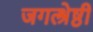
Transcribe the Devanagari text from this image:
जगत्श्रेष्ठी